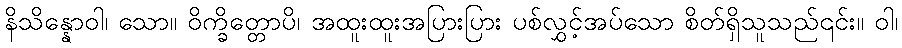
နိသိန္နောဝါ၊ သော။ ဝိက္ခိတ္တောပိ၊ အထူးထူးအပြားပြား ပစ်လွှင့်အပ်သော စိတ်ရှိသူသည်၎င်း။ ဝါ၊